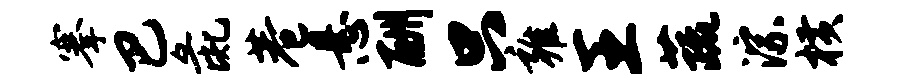
搴巴彘巷悬酬只雍王蔬淙横